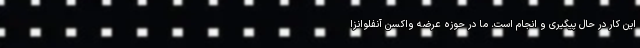
این کار در حال پیگیری و انجام است. ما در حوزه عرضه واکسن آنفلوانزا